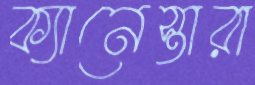
ক্যানেস্তারা